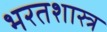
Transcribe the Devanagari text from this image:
भरतशास्त्र